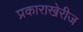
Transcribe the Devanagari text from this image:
प्रकाराखेरीज